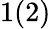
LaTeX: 1(2)